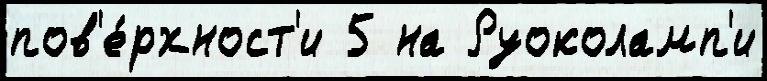
пов'е́рхност'и 5 на Руоколамп'и